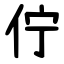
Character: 佇